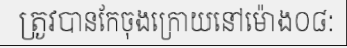
ត្រូវបានកែចុងក្រោយនៅម៉ោង០៨: